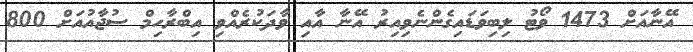
އޭނާއަށް 1473 ވޯޓު ލިބިވަޑައިގެންނެވިއިރު އޭނާ އާއި ވާދަކުރެއްވި އިބްރާހިމް ސުޖާއުއަށް 800